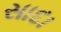
સાદા